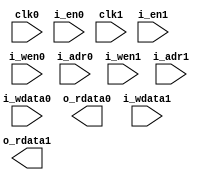
module xil_mem_dp_1024x16 (
  input             clk0,
  input             i_en0,
  input       [1:0] i_wen0,
  input       [9:0] i_adr0,
  input      [15:0] i_wdata0,
  output     [15:0] o_rdata0,
  input             clk1,
  input             i_en1,
  input       [1:0] i_wen1,
  input       [9:0] i_adr1,
  input      [15:0] i_wdata1,
  output     [15:0] o_rdata1
);
  
  // ==========================================================================
  // Simulation model
  // ==========================================================================
  // synthesis translate_off

  reg [15:0] mem_q [0:1023];
  reg  [9:0] adr0_q;
  reg  [9:0] adr1_q;

  // Port 0
  always @(posedge clk0) begin
    if (i_en0) begin

      adr0_q <= #`dh i_adr0;

      if (i_wen0[0]) begin
        mem_q[i_adr0][7:0] <= #`dh i_wdata0[7:0];
      end

      if (i_wen0[1]) begin
        mem_q[i_adr0][15:8] <= #`dh i_wdata0[15:8];
      end

    end
  end

  assign o_rdata0 = mem_q[adr0_q];


  // Port 1
  always @(posedge clk1) begin
    if (i_en1) begin

      adr1_q <= #`dh i_adr1;

      if (i_wen1[0]) begin
        mem_q[i_adr1][7:0] <= #`dh i_wdata1[7:0];
      end

      if (i_wen1[1]) begin
        mem_q[i_adr1][15:8] <= #`dh i_wdata1[15:8];
      end

    end
  end

  assign o_rdata1 = mem_q[adr1_q];


  // ==========================================================================
  // Synthesis per-family models
  // ==========================================================================
  // synthesis translate_on

  `ifdef SYNTH_SPARTAN6 
  `define SYNTH_WIRES
  `endif

  `ifdef SYNTH_VIRTEX5
  `define SYNTH_WIRES
  `endif

  `ifdef SYNTH_WIRES

    wire [31:0] wdata0 = {16'b0, i_wdata0};
    wire [31:0] wdata1 = {16'b0, i_wdata1};
    wire  [3:0] wpar0  = 4'b0;
    wire  [3:0] wpar1  = 4'b0;

    wire  [3:0] wen0   = {i_wen0, i_wen0};
    wire  [3:0] wen1   = {i_wen1, i_wen1};

    `define MEM_WIDTH 18
    wire [13:0] adr0   = {i_adr0, 4'b0};
    wire [13:0] adr1   = {i_adr1, 4'b0};

    wire [31:0] rdata0;
    wire [31:0] rdata1;
    wire  [3:0] rpar0;
    wire  [3:0] rpar1;

    assign o_rdata0 = rdata0[15:0];
    assign o_rdata1 = rdata1[15:0];

  `endif

  `ifdef SYNTH_SPARTAN6

    RAMB16BWER # (
      .DATA_WIDTH_A     ( `MEM_WIDTH ),
      .DATA_WIDTH_B     ( `MEM_WIDTH ),
      .DOA_REG          ( 0 ),
      .DOB_REG          ( 0 ),
      .EN_RSTRAM_A      ( 0 ),
      .EN_RSTRAM_B      ( 0 ),
      .SIM_DEVICE       ( "SPARTAN6" ),
      .SIM_COLLISION_CHECK ( "GENERATE_X_ONLY" ),
      .WRITE_MODE_A     ( "WRITE_FIRST" ),
      .WRITE_MODE_B     ( "WRITE_FIRST" )
    ) i0_RAMB16BWER (
      .CLKA             ( clk0 ),
      .CLKB             ( clk1 ),
      .ENA              ( i_en0 ),
      .ENB              ( i_en1 ),
      .REGCEA           ( 1'b1 ),
      .REGCEB           ( 1'b1 ),
      .RSTA             ( 1'b0 ),
      .RSTB             ( 1'b0 ),
      .ADDRA            ( adr0 ),
      .ADDRB            ( adr1 ),
      .WEA              ( wen0 ),
      .WEB              ( wen1 ),
      .DIA              ( wdata0 ),
      .DIB              ( wdata1 ),
      .DIPA             ( wpar0 ),
      .DIPB             ( wpar1 ),
      .DOA              ( rdata0 ),
      .DOB              ( rdata1 ),
      .DOPA             ( rpar0 ),
      .DOPB             ( rpar1 )
    );

  `endif

  `ifdef SYNTH_VIRTEX5

    RAMB36 # (
      .WRITE_WIDTH_A    ( `MEM_WIDTH ),
      .WRITE_WIDTH_B    ( `MEM_WIDTH ),
      .READ_WIDTH_A     ( `MEM_WIDTH ),
      .READ_WIDTH_B     ( `MEM_WIDTH ),
      .DOA_REG          ( 0 ),
      .DOB_REG          ( 0 ),
      .WRITE_MODE_A     ( "WRITE_FIRST" ),
      .WRITE_MODE_B     ( "WRITE_FIRST" )
    ) i0_RAMB36 (
      .CASCADEOUTLATA   ( ),
      .CASCADEOUTLATB   ( ),
      .CASCADEOUTREGA   ( ),
      .CASCADEOUTREGB   ( ),
      .CASCADEINLATA    ( ),
      .CASCADEINLATB    ( ),
      .CASCADEINREGA    ( ),
      .CASCADEINREGB    ( ),
      .CLKA             ( clk0 ),
      .CLKB             ( clk1 ),
      .ENA              ( i_en0 ),
      .ENB              ( i_en1 ),
      .REGCEA           ( 1'b1 ),
      .REGCEB           ( 1'b1 ),
      .SSRA             ( 1'b0 ),
      .SSRB             ( 1'b0 ),
      .ADDRA            ( {2'b0, adr0} ), // +1 bit (unused cascade mode),
      .ADDRB            ( {2'b0, adr1} ), // +1 bit (double than spartan-6)
      .WEA              ( wen0 ),
      .WEB              ( wen1 ),
      .DIA              ( wdata0 ),
      .DIB              ( wdata1 ),
      .DIPA             ( wpar0 ),
      .DIPB             ( wpar1 ),
      .DOA              ( rdata0 ),
      .DOB              ( rdata1 ),
      .DOPA             ( rpar0 ),
      .DOPB             ( rpar1 )
    );

  `endif

endmodule